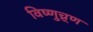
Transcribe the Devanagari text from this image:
विष्णुच्र्ण